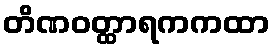
တိဏဝတ္ထာရကကထာ